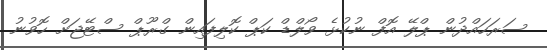
ސަރަހައްދުން ޕްލޭ އޮފް ނުކުޅެ ވޯލްޑް ކަޕް ކޮލިފައިން ގްރޫޕް ސްޓޭޖަށް ހޮވުނު